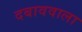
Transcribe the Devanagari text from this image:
दबाववाला